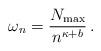
LaTeX: \begin{align*} \omega_n \overset{}{=} \frac{N_{\rm max}}{n^{\kappa+b}} \,.\, \end{align*}